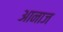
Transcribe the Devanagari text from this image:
आनाज